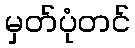
မှတ်ပုံတင်